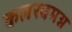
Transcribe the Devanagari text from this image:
कलरवमग्न